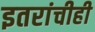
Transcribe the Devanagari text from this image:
इतरांचीही